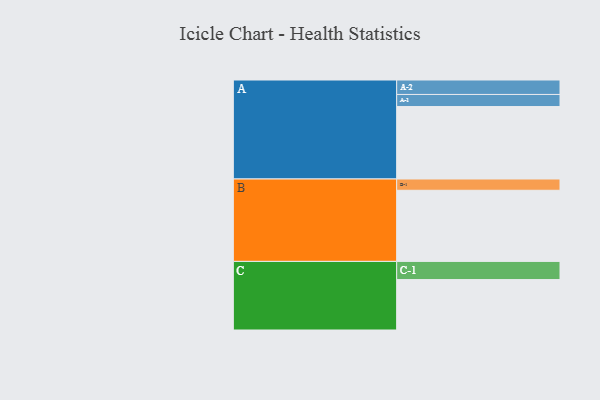
{"axis": {"x": "Segment", "y": "Value"}, "legend": ["", "A", "B", "C"], "data": [{"x": "A", "y": 546, "type": ""}, {"x": "B", "y": 536, "type": ""}, {"x": "C", "y": 380, "type": ""}, {"x": "A-1", "y": 91, "type": "A"}, {"x": "A-2", "y": 109, "type": "A"}, {"x": "B-1", "y": 85, "type": "B"}, {"x": "C-1", "y": 137, "type": "C"}]}